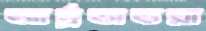
আর্দ্রতাভরা